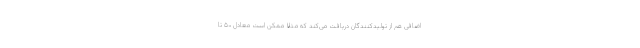
اضافی هم از تولیدکنندگان دریافت می‌کند که مثلا ممکن است معادل ۵۰ تا